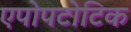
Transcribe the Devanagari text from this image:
एपोपटोटिक